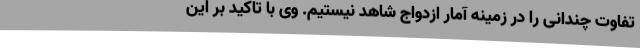
تفاوت چندانی را در زمینه آمار ازدواج شاهد نیستیم. وی با تاکید بر این